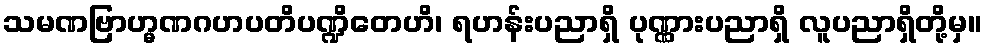
သမဏဗြာဟ္မဏဂဟပတိပဏ္ဍိတေဟိ၊ ရဟန်းပညာရှိ ပုဏ္ဏားပညာရှိ လူပညာရှိတို့မှ။